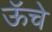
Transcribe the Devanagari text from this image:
ऊॅचे